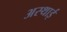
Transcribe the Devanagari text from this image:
अस्‍थाई